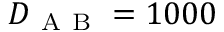
D _ { \mathrm { ~ A ~ B ~ } } = 1 0 0 0